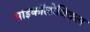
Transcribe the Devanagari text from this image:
साइकॉलोजिकल